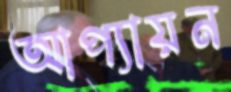
আপ্যায়ন